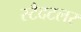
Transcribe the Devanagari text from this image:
स्टैदटलर